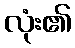
လုံး၏